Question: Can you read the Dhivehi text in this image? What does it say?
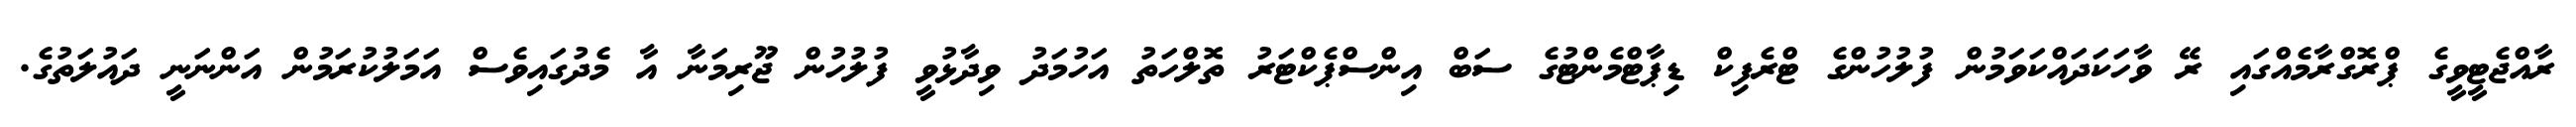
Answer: ރާއްޖެޓީވީގެ ޕްރޮގްރާމެއްގައި ރޭ ވާހަކަދައްކަވަމުން ފުލުހުންގެ ޓްރެފިކް ޑިޕާޓްމެންޓުގެ ސަބް އިންސްޕެކްޓަރު ތޮލްހަތު އަހުމަދު ވިދާޅުވީ ފުލުހުން ޖޫރިމަނާ އާ މެދުގައިވެސް އަމަލުކުރަމުން އަންނަނީ ދައުލަތުގެ.